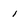
Character: i